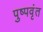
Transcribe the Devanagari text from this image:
पुष्पवृंत